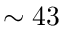
\sim 4 3